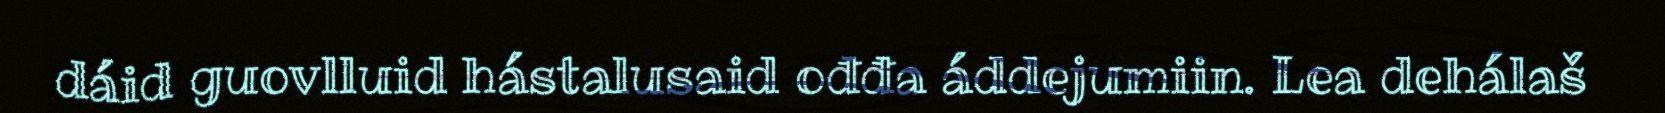
dáid guovlluid hástalusaid ođđa áddejumiin. Lea dehálaš